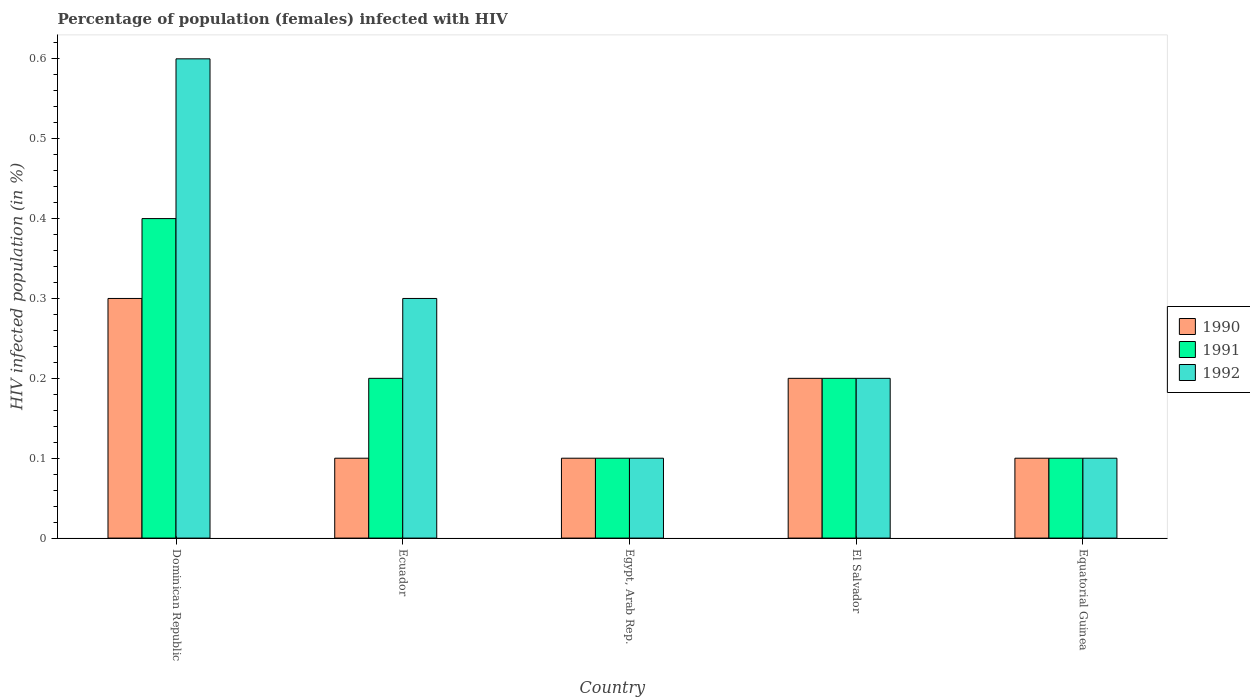
| Country | 1990 | 1991 | 1992 |
 | --- | --- | --- | --- |
 | Dominican Republic | 0.3 | 0.4 | 0.6 |
 | Ecuador | 0.1 | 0.2 | 0.3 |
 | Egypt, Arab Rep. | 0.1 | 0.1 | 0.1 |
 | El Salvador | 0.2 | 0.2 | 0.2 |
 | Equatorial Guinea | 0.1 | 0.1 | 0.1 |